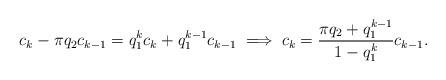
LaTeX: \begin{align*} c_k - \pi q_2 c_{k-1} = q_1^k c_k + q_1^{k-1} c_{k-1} \implies c_k = \frac{\pi q_2 + q_1^{k-1}}{1-q_1^k} c_{k-1}. \end{align*}